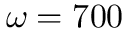
\omega = 7 0 0